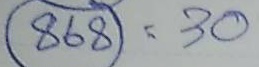
868 = 30